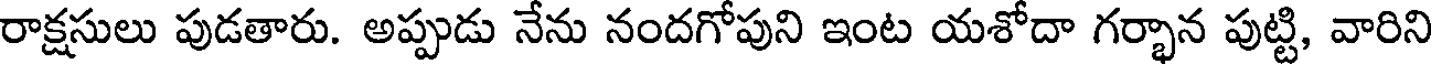
రాక్షసులు పుడతారు. అప్పుడు నేను నందగోపుని ఇంట యశోదా గర్భాన పుట్టి, వారిని